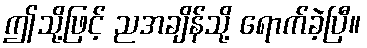
ဤသို့ဖြင့် ညအချိန်သို့ ရောက်ခဲ့ပြီ။